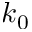
k _ { 0 }